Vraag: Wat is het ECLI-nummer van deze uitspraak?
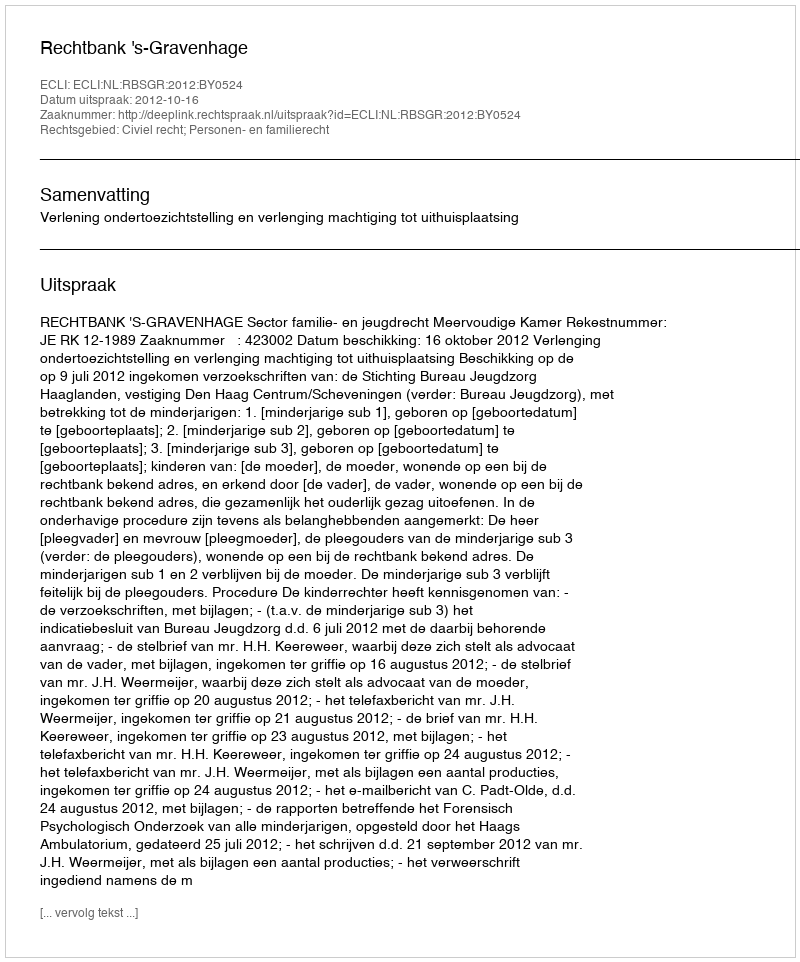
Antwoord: ECLI:NL:RBSGR:2012:BY0524